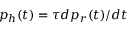
p _ { h } ( t ) = \tau d p _ { r } ( t ) / d t